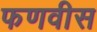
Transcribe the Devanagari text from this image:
फणवीस